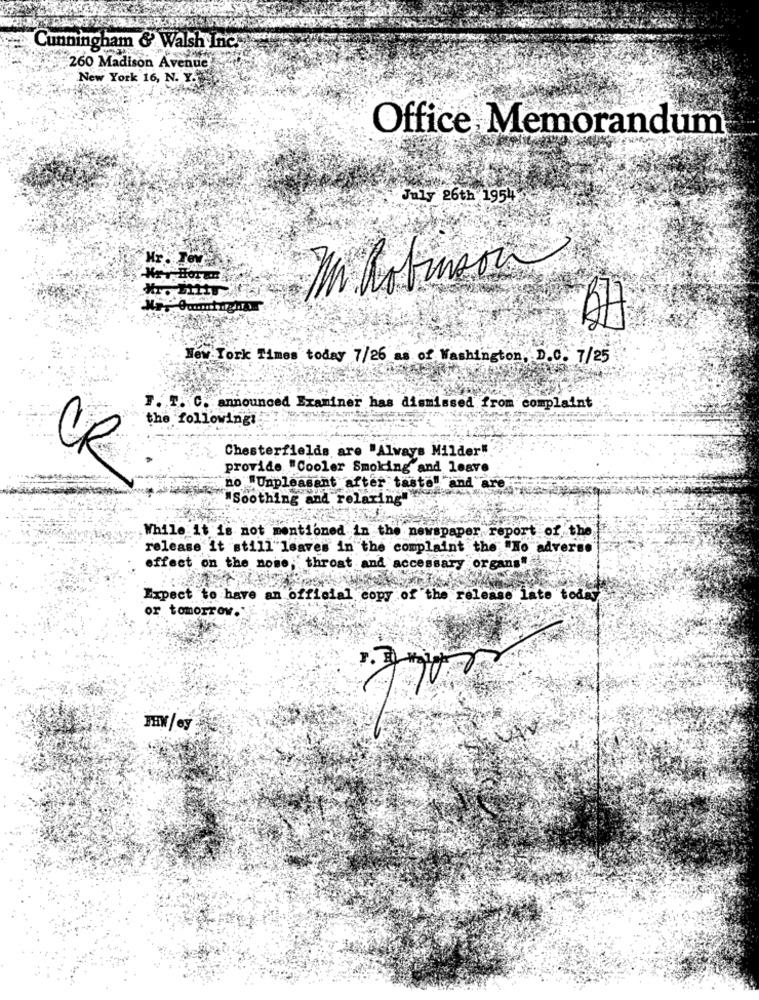
Cunningham & Walsh Inc.
260 Madison Avenue
New York 16, N. Y.
Office Memorandum
July 26th 195
Hry Horen
MiRobinson
New York Times today 7/26 as of Washington D.C. 7/25
F. T. C. announced Examiner has dismissed from complaint
the followingi
Chesterfields are "Always Milder"
CR
provide "Cooler Smoking and leave
no "Unpleasant after taste" and are
"Soothing and relaring
While it is not mentioned in the newspaper report of the
release it still leaves in the complaint the "No adverse
effect on the nome, throat and accessary organs"
Expect to have an official copy of the release late today'
or tomorrow.
FHW/ ey